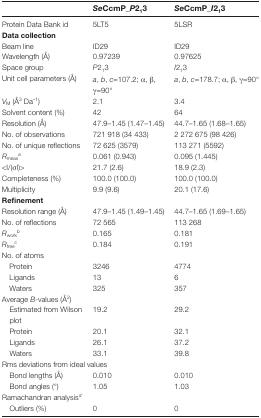
|  | SeCcmP_P213 | SeCcmP_I213 |
 | --- | --- | --- |
 | Protein Data Bank id | 5LT5 | 5LSR |
 | <COLSPAN=3> Data collection |
 | Beam line | ID29 | ID29 |
 | Wavelength (Å) | 0.97239 | 0.97625 |
 | Space group | P213 | I213 |
 | Unit cell parameters (Å) | a, b, c=107.2; α, β, γ=90° | a, b, c=178.7; α, β, γ=90° |
 | VM (Å3 Da–1) | 2.1 | 3.4 |
 | Solvent content (%) | 42 | 64 |
 | Resolution (Å) | 47.9–1.45 (1.47–1.45) | 44.7–1.65 (1.68–1.65) |
 | No. of observations | 721 918 (34 433) | 2 272 675 (98 426) |
 | No. of unique reflections | 72 625 (3579) | 113 271 (5592) |
 | Rmeasa | 0.061 (0.943) | 0.095 (1.445) |
 | <I/(σI)> | 21.7 (2.6) | 18.9 (2.3) |
 | Completeness (%) | 100.0 (100.0) | 100.0 (100.0) |
 | Multiplicity | 9.9 (9.6) | 20.1 (17.6) |
 | <COLSPAN=3> Refinement |
 | Resolution range (Å) | 47.9–1.45 (1.49–1.45) | 44.7–1.65 (1.69–1.65) |
 | No. of reflections | 72 565 | 113 268 |
 | Rworkb | 0.165 | 0.181 |
 | Rfreec | 0.184 | 0.191 |
 | <COLSPAN=3> No. of atoms |
 | Protein | 3246 | 4774 |
 | Ligands | 13 | 6 |
 | Waters | 325 | 357 |
 | <COLSPAN=3> Average B-values (Å2) |
 | Estimated from Wilson plot | 19.2 | 29.2 |
 | Protein | 20.1 | 32.1 |
 | Ligands | 26.1 | 37.2 |
 | Waters | 33.1 | 39.8 |
 | <COLSPAN=3> Rms deviations from ideal values |
 | Bond lengths (Å) | 0.010 | 0.010 |
 | Bond angles (°) | 1.05 | 1.03 |
 | <COLSPAN=3> Ramachandran analysisd |
 | Outliers (%) | 0 | 0 |